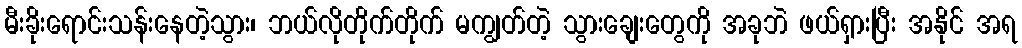
မီးခိုးရောင်းသန်းနေတဲ့သွား၊ ဘယ်လိုတိုက်တိုက် မကျွတ်တဲ့ သွားချေးတွေကို အခုဘဲ ဖယ်ရှားပြီး အနိုင် အရ